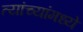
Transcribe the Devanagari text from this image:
त्यांच्यांमध्ये